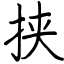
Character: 挟